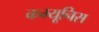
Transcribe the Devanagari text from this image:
कम्यूनिस